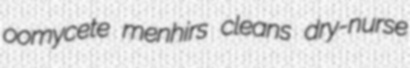
oomycete menhirs cleans dry-nurse